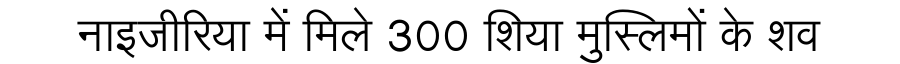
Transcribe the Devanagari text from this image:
नाइजीरिया में मिले 300 शिया मुस्लिमों के शव